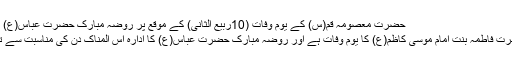
حضرت معصومہ قم(س) کے یوم وفات (10ربیع الثانی) کے موقع پر روضہ مبارک حضرت عباس(ع) تمام مومنین کو تعزیت پیش کرتا ہے
آج (10ربیع الثانی) معصومہ قم حضرت فاطمہ بنت امام موسی کاظم(ع) کا یوم وفات ہے اور روضہ مبارک حضرت عباس(ع) کا ادارہ اس المناک دن کی مناسبت سے تمام مومنین کو تعزیت پیش کرتا ہے۔